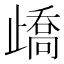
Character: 𣦜